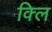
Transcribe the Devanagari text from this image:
क्लि